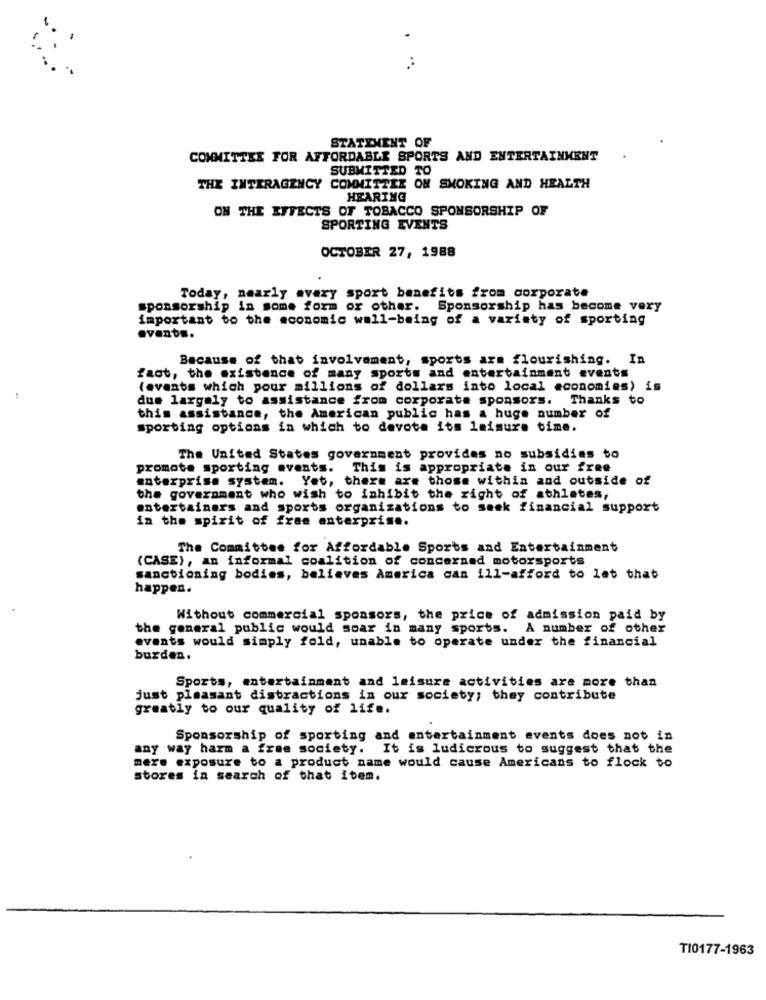
:
STATEMENT OF
COMMITTEE FOR AFFORDABLE SPORTS AND ENTERTAINMENT
SUBMITTED TO
THE INTERAGENCY COMMITTEE
ON SMOKING AND HEALTH
HEARING
ON THE EFFECTS OF TOBACCO SPONSORSHIP OF
SPORTING EVENTS
OCTOBER 27, 1988
Today, nearly avary sport benefits from corporate
sponsorship in some form or other. Sponsorship has become very
important to the economic well-being of a variety of sporting
events.
Because of that involvement, sports arm flourishing. In
fact, the existence of many sports and entertainment events
(avants which pour millions of dollars into local economies) is
due largely to assistance from corporate sponsors. Thanks to
this assistance, the American public has a huge number of
sporting options in which to devote its leisure time.
The United States government provides no subsidies to
promote sporting events. This is appropriate in our free
enterprise system. Yet, there are those within and outside of
the government who wish to inhibit the right of athletes,
entertainers and sports organizations to seek financial support
in the spirit of free enterprise.
The Committee for Affordable Sports and Entertainment
(CASE), an informal coalition of concerned motorsports
sanctioning bodies, believes America can ill-afford to let that
happen.
Without commercial sponsors, the price of admission paid by
the general public would soar in many sports. A number of other
events would simply fold, unable to operate under the financial
burden.
Sports, entertainment and leisure activities are more than
just pleasant distractions in our society; they contribute
greatly to our quality of life.
Sponsorship of sporting and entertainment events does not in
any way harm a free society. It is ludicrous to suggest that the
mere exposure to a product name would cause Americans to flock to
stores in search of that item.
TI0177-1963